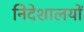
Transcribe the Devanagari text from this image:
निदेशालयों